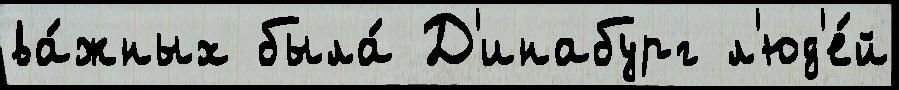
ва́жных была́ Д'инабург л'юд'е́й